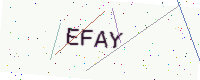
Text: EFAY